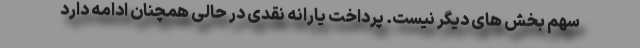
سهم بخش های دیگر نیست. پرداخت یارانه نقدی در حالی همچنان ادامه دارد